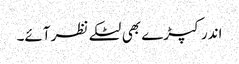
اندر کپڑے بھی لٹکے نظر آئے۔